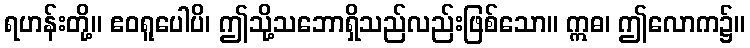
ရဟန်းတို့။ ဧဝရူပေါပိ၊ ဤသို့သဘောရှိသည်လည်းဖြစ်သော။ ဣဓ၊ ဤလောက၌။